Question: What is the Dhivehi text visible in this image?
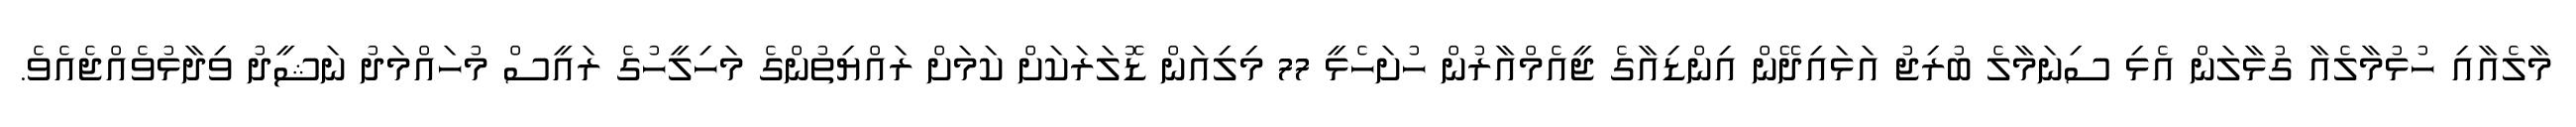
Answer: މާލެއާއި ހުޅުމާލެއާ ގުޅާލަން އެޅި ސިނަމާލެ ބުރިޖު އަޅައިދޭން އިންޑިއާގެ ޖީއެމްއާރުން ހުށަހެޅީ 77 މިލިއަން ޑޮލަރަކަށް ކަމަށް ރައްޔިތުންގެ މަހިލީހުގެ ރައީސް މުހައްމަދު ނަޝީދު ވިދާޅުވެއްޖެއެވެ.